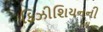
ફિઝીશિયનની